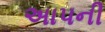
અાપની